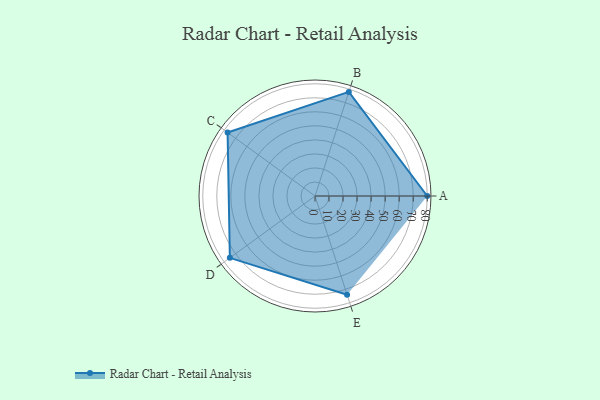
{"axis": {"x": "Skill", "y": "Score"}, "legend": ["Profile"], "data": [{"x": "A", "y": 80.0, "type": "Profile"}, {"x": "B", "y": 78.0, "type": "Profile"}, {"x": "C", "y": 77.0, "type": "Profile"}, {"x": "D", "y": 75.0, "type": "Profile"}, {"x": "E", "y": 74.0, "type": "Profile"}]}